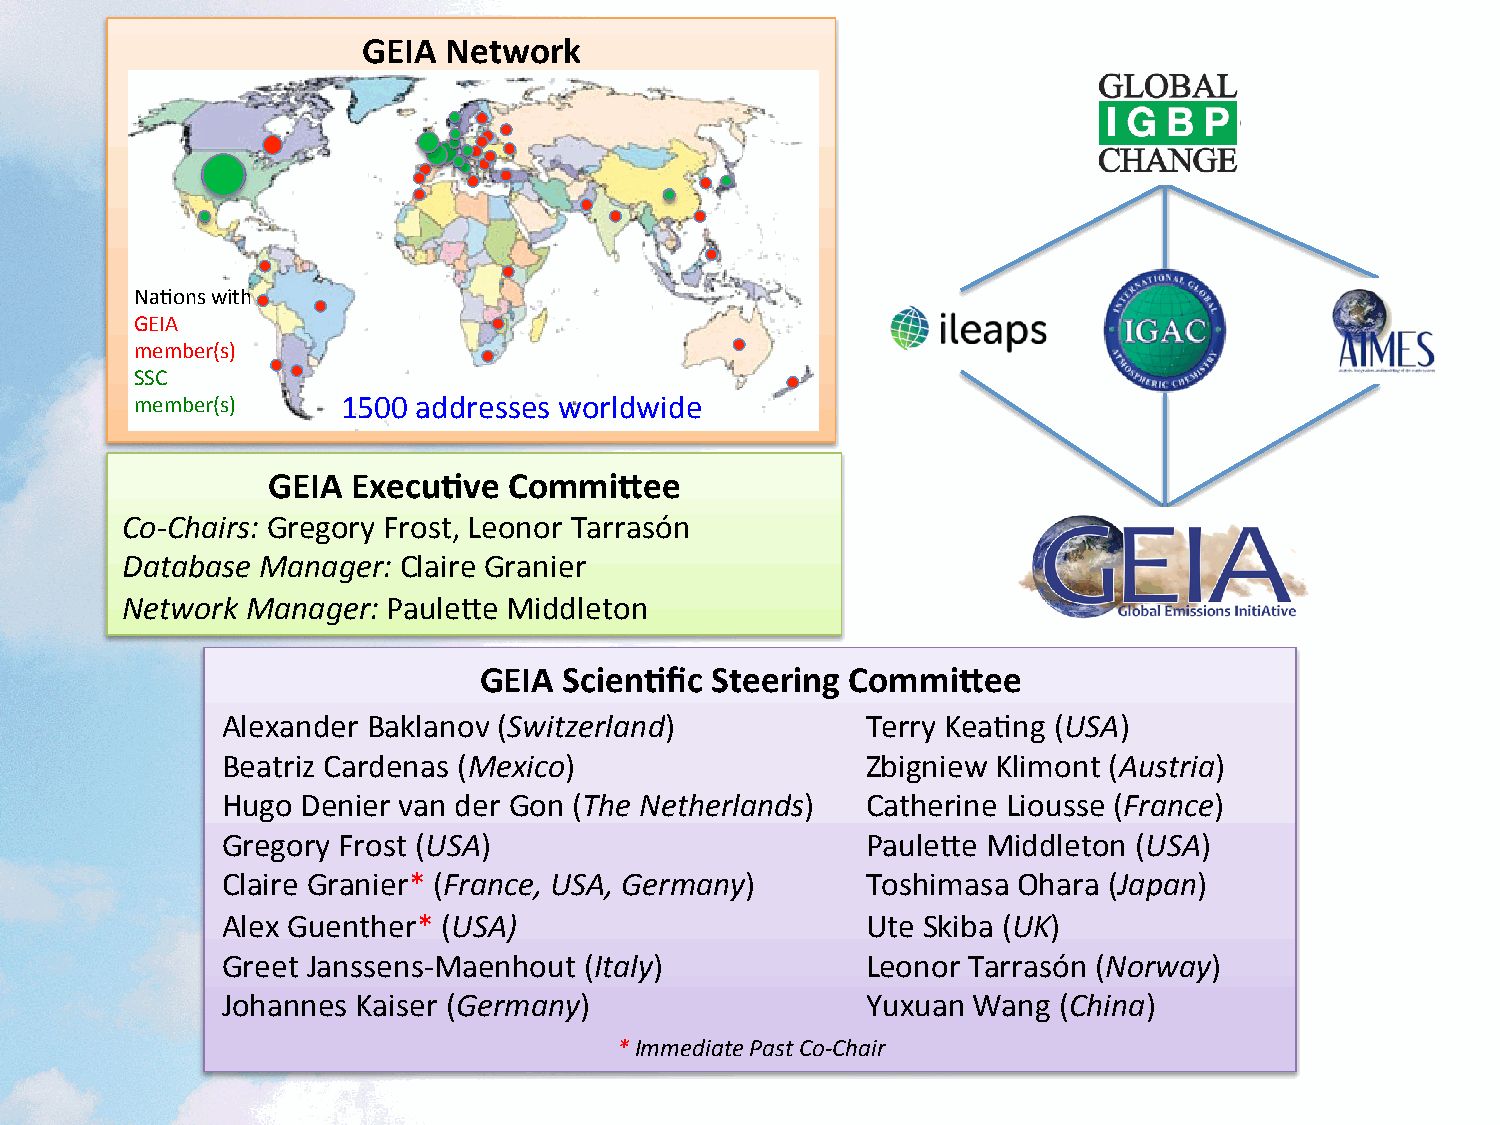
GEIA Network
 Na<ons with
 GEIA
 member(s)
 SSC
 member(s)     1500 addresses worldwide
 GEIA Execu<ve   Commi5ee
 Co-­‐Chairs: Gregory Frost, Leonor Tarrasón
 Database Manager: Claire Granier
 Network Manager:  PaulePe Middleton
 GEIA Scien<fic Steering Commi5ee
 Alexander Baklanov (Switzerland)          Terry Kea<ng (USA)
 Beatriz Cardenas (Mexico)                 Zbigniew Klimont (Austria)
 Hugo Denier van der Gon (The Netherlands) Catherine Liousse (France)
 Gregory Frost (USA)                       PaulePe Middleton (USA)
 Claire Granier* (France, USA, Germany)    Toshimasa Ohara (Japan)
 Alex Guenther* (USA)                      Ute Skiba (UK)
 Greet Janssens-­‐Maenhout (Italy)         Leonor Tarrasón (Norway)
 Johannes Kaiser (Germany)                 Yuxuan Wang  (China)
 * Immediate Past Co-­‐Chair